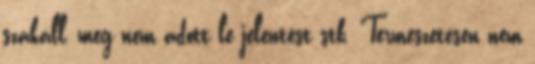
szakáll, meg nem adott le jelentést stb. Természetesen nem